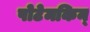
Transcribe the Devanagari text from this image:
पोटेमकिन्